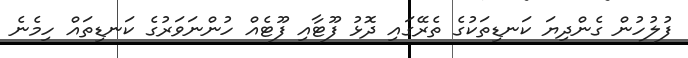
ފުލުހުން ގެންދިޔަ ކަނޑިތަކުގެ ތެރޭގައި ދޮޅު ފޫޓާއި ފޫޓެއް ހުންނަވަރުގެ ކަނޑިތައް ހިމެނެ